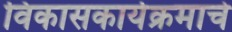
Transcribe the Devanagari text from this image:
विकासकार्यक्रमाचे